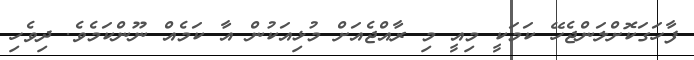
ފާހަގަކޮށްލަންޖެހޭ ކަމަކީ މިއީ މި ރާއްޖެއަށް މުޅިއަކުން އާ ކަމެއް ނޫންކަމެވެ. ދިވެހި